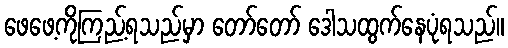
ဖေဖေ့ကိုကြည့်ရသည်မှာ တော်တော် ဒေါသထွက်နေပုံရသည်။